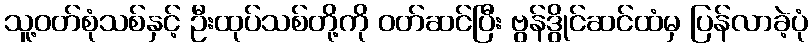
သူ့ဝတ်စုံသစ်နှင့် ဦးထုပ်သစ်တို့ကို ဝတ်ဆင်ပြီး ဗွန်ဒွိုင်ဆင်ထံမှ ပြန်လာခဲ့ပုံ